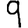
Digit: 9